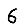
Digit: 6